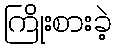
ကြိုးစားခဲ့